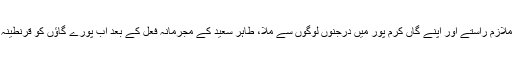
کورونا سے متاثرہ ملازم راستے اور اپنے گاں کرم پور میں درجنوں لوگوں سے ملا، طاہر سعید کے مجرمانہ فعل کے بعد اب پورے گاؤں کو قرنطینہ میں رکھنا پڑے گا۔